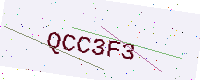
Text: QCC3F3